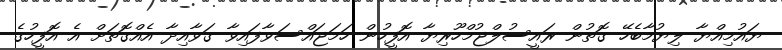
ޔައުމިއްޔާ ލިޔުމާބެހޭ ގޮތުން ރައީސުލްޖުމްހޫރިޔާ އޮފީހުން ހަމަޖައްސަވާފައިވާ ގަވާއިދާ އެއްގޮތަށް އެ އޮފީހުގެ